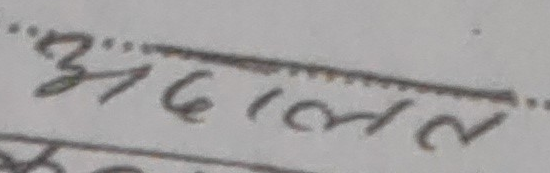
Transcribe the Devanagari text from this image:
अदाल